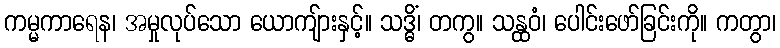
ကမ္မကာရေန၊ အမှုလုပ်သော ယောကျ်ားနှင့်။ သဒ္ဓိံ၊ တကွ။ သန္ထဝံ၊ ပေါင်းဖော်ခြင်းကို။ ကတွာ၊